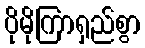
ပိုမိုကြာရှည်စွာ